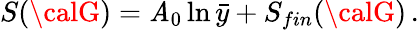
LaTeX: S({\calG})=\mathit{A}_{0}\ln\bar{{y}}+S_{fin}({\calG})\, .